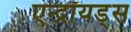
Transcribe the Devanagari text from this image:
एन्द्रॉयड्स